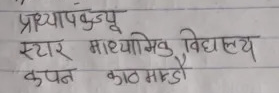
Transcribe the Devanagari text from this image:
प्राध्यापकज्यू
स्टार माध्यमिक विद्यालय
कपन काठमाडौ